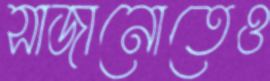
সাজানোতেও